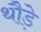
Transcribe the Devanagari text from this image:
थौड़े